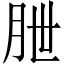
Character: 朑